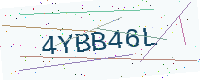
Text: 4YBB46L